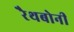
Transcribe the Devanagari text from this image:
रैथबोनी